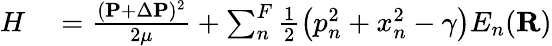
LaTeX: \begin{array}{rl}{H}&{{}=\frac{(\mathbf{P}+\Delta\mathbf{P})^{2}}{2\mu}+\sum_{n}^{F}\frac{1}{2}\left(p_{n}^{2}+x_{n}^{2}-\gamma\right)E_{n}(\mathbf{R})}\end{array}